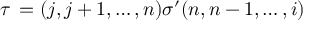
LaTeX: \tau \, = ( j , j + 1 , \ldots , n ) \sigma ^ { \prime } ( n , n - 1 , \ldots , i )